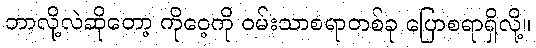
ဘာလို့လဲဆိုတော့ ကိုဝေ့ကို ဝမ်းသာစရာတစ်ခု ပြောစရာရှိလို့။